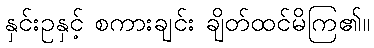
နှင်းဥနှင့် စကားချင်း ချိတ်ထင်မိကြ၏။